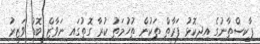
ޕާކިސްތާނުގެ އިދިކޮޅު ފަރާތް ތަކުން ތުހުމަތު ކުރާ ގޮތުގައި ނަވާޒް ބޮޑު ވަޒީރު